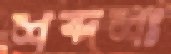
শব্দশঃ